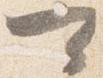
可